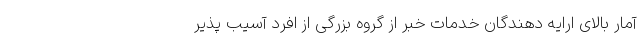
آمار بالای ارایه دهندگان خدمات خبر از گروه بزرگی از افرد آسیب پذیر